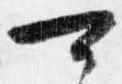
可